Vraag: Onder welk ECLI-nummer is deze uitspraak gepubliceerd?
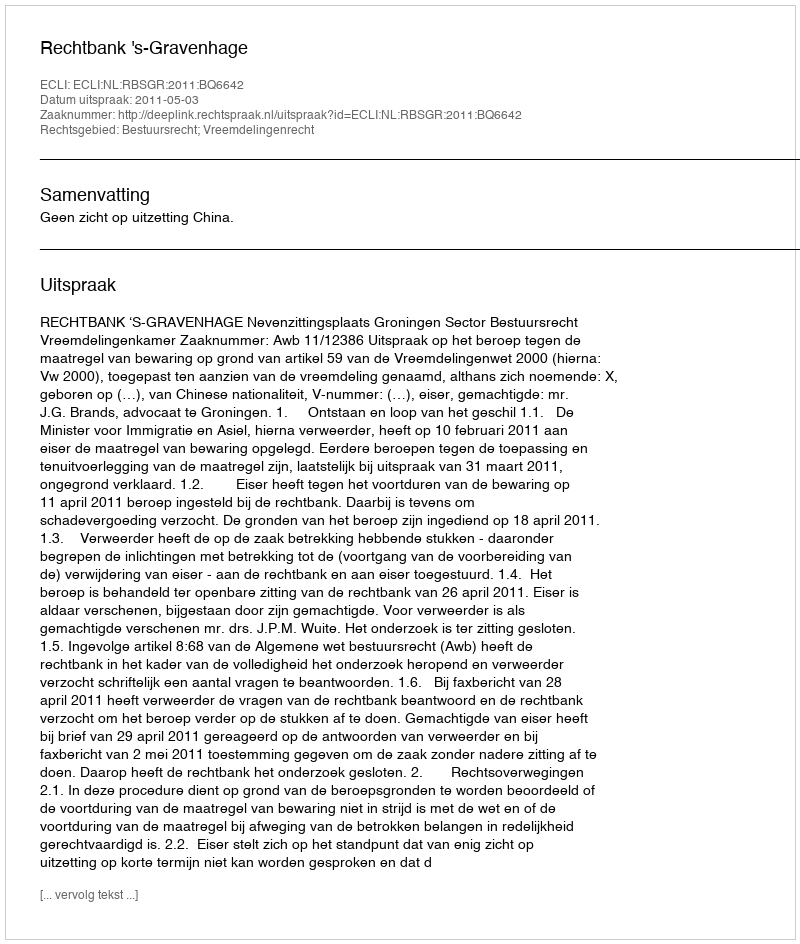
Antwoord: ECLI:NL:RBSGR:2011:BQ6642